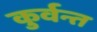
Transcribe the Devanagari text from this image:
कुर्वन्त